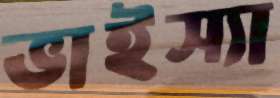
ভাইস্যা